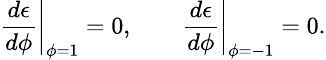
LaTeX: \small\left.\frac{d\epsilon}{d\phi}\right|_{\phi=1}=0,\qquad\left.\frac{d\epsilon}{d\phi}\right|_{\phi=-1}=0.